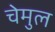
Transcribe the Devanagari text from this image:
चेमुल